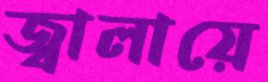
জ্বালায়ে